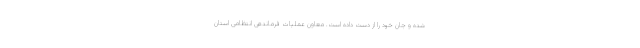
شده و جان خود را از دست داده است. معاون عملیات فرماندهی انتظامی استان